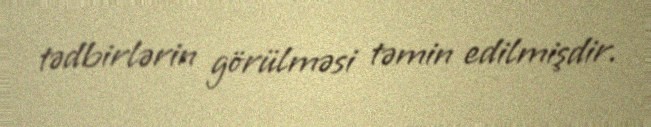
tədbirlərin görülməsi təmin edilmişdir.